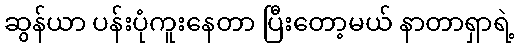
ဆွန်ယာ ပန်းပုံကူးနေတာ ပြီးတော့မယ် နာတာရှာရဲ့